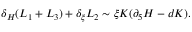
\delta _ { \cal H } ( L _ { 1 } + L _ { 3 } ) + \delta _ { \xi } L _ { 2 } \sim \xi K ( \partial _ { 5 } { \cal H } - d K ) .